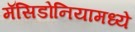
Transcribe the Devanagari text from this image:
मॅसिडोनियामध्ये